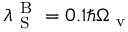
\lambda _ { \mathrm { ~ S ~ } } ^ { \mathrm { ~ B ~ } } = 0 . 1 \hbar \Omega _ { \mathrm { ~ v ~ } }